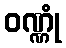
ဝဏ္ဏုံ